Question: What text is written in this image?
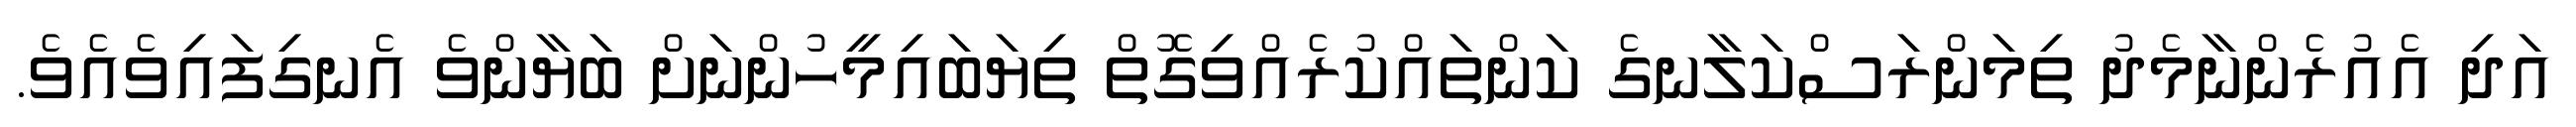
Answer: އަދި އެއުރެންނާމެދު ތިމަންރަސްކަލާނގެ ކަންތައްކުރެއްވިގޮތް ތިޔަބައިމީހުންނަށް ބަޔާންވެ އެނގިފައިވެއެވެ.